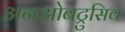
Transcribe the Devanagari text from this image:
अनओबट्रुसिव